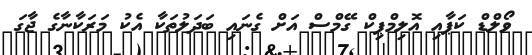
ވޯލްޑް ކަޕާއި އޮލިމްޕިކް ގޭމްސް އަށް ގެނައި ބަދަލުތަކާ އެކު މަރަކާނާގެ ޖާގަ